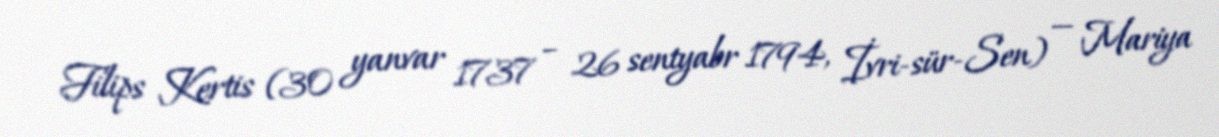
Filips Kertis (30 yanvar 1737 – 26 sentyabr 1794, İvri-sür-Sen) — Mariya